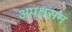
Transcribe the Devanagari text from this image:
अपश्वसन